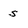
Character: S